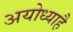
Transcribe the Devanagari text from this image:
अयोध्याहै